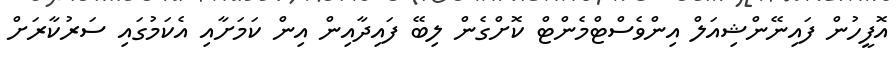
އޮފީހުން ފައިނޭންޝިއަލް އިންވެސްޓްމެންޓް ކޮށްގެން ލިބޭ ފައިދާއިން އިން ކަމަށާއި އެކަމުގައި ސަރުކާރަށް